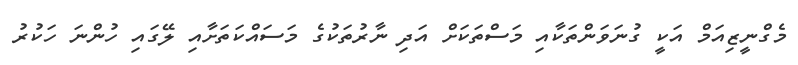
މެގްނީޒިއަމް އަކީ ގުނަވަންތަކާއި މަސްތަކަށް އަދި ނާރުތަކުގެ މަސައްކަތަށާއި ލޭގައި ހުންނަ ހަކުރު